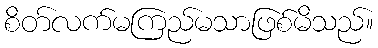
စိတ်လက်မကြည်မသာဖြစ်မိသည်။